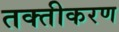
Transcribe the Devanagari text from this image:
तक्तीकरण